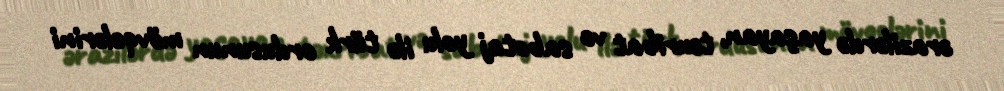
ərazilərdə yaşayan, təxribat və sabotaj yolu ilə türk ordusunun mövqelərini